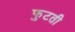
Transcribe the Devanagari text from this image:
फुटती